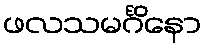
ဖလသမင်္ဂိနော